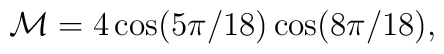
{\cal M} = 4 \cos(5\pi /18) \cos(8\pi /18) ,